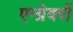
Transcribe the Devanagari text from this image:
एन्ग्रेवरों